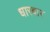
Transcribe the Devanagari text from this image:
धारबार